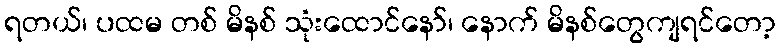
ရတယ်၊ ပထမ တစ် မိနစ် သုံးထောင်နော်၊ နောက် မိနစ်တွေကျရင်တော့